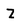
Character: Z